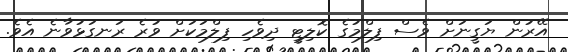
އޭރުން ޔަގީނަށް ވެސް ފިލްމުގެ ކޮލިޓީ ދިވެހި ފިލްމަކަށް ވުރެ ރަނގަޅުވާނެ އެވެ.